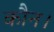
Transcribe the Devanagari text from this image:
कौन।